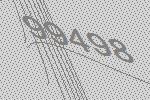
99498